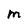
Character: M